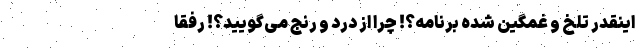
اینقدر تلخ و غمگین شده برنامه؟! چرا از درد و رنج می‌گویید؟! رفقا